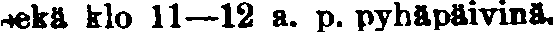
sekä klo 11—12 a. p. pyhäpäivinä.